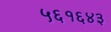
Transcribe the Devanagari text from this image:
५६१६४३